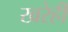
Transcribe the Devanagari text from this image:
खरेही